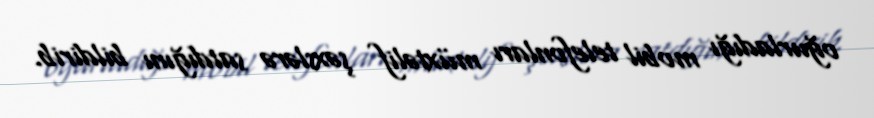
oğurladığı mobil telefonları müxtəlif şəxslərə satdığını bildirib.